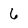
Character: 6